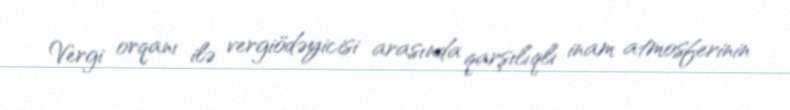
Vergi orqanı ilə vergiödəyicisi arasında qarşılıqlı inam atmosferinin